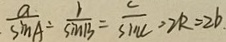
\frac { a } { \sin A } = \frac { b } { \sin B } = \frac { c } { \sin C } = 2 R = 2 b